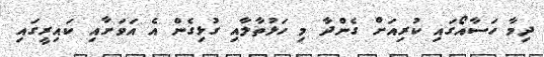
ދިމާ ހަސާއޯގައި ކުރިއަށް ގެންދާ މި ހަޅުތާލާއި ގުޅިގެން އެ އަވަށާއި ކައިރީގައި